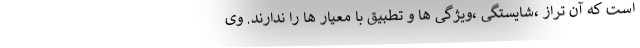
است که آن تراز ،شایستگی ،ویژگی ها و تطبیق با معیار ها را ندارند. وی